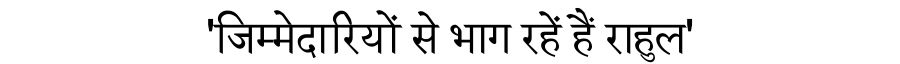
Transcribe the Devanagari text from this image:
'जिम्मेदारियों से भाग रहें हैं राहुल'